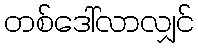
တစ်ဒေါ်လာလျှင်